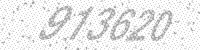
Solution: 913620